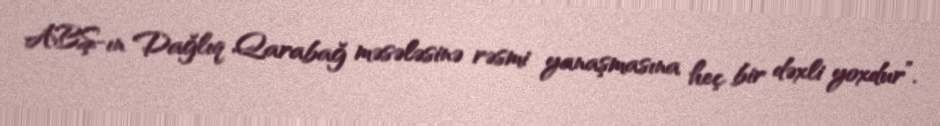
ABŞ-ın Dağlıq Qarabağ məsələsinə rəsmi yanaşmasına heç bir dəxli yoxdur”.